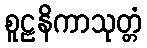
စူဠနိကာသုတ္တံ